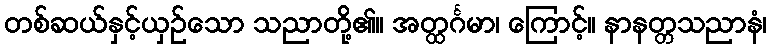
တစ်ဆယ်နှင့်ယှဉ်သော သညာတို့၏။ အတ္ထင်္ဂမာ၊ ကြောင့်။ နာနတ္တသညာနံ၊